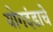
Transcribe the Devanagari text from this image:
योगदंडाचे